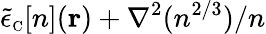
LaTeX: \tilde{\epsilon}_{\scriptscriptstyle\mathrm{C}}[n]({\mathbf r})+\nabla^{2}(n^{2/3})/n